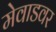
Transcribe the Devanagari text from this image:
मेवाडवर